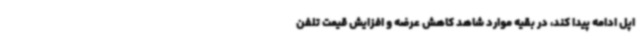
اپل ادامه پیدا کند، در بقیه موارد شاهد کاهش عرضه و افزایش قیمت تلفن